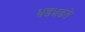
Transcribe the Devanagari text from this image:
धडधडते